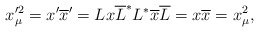
\begin{align*}x_\mu ^{\prime 2}=x^{\prime }\overline{x}^{\prime}=Lx\overline{L}^{*}L^{*}\overline{x}\overline{L}=x\overline{x}=x_\mu ^2, \end{align*}